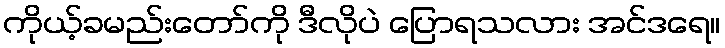
ကိုယ့်ခမည်းတော်ကို ဒီလိုပဲ ပြောရသလား အင်ဒရေ။